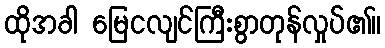
ထိုအခါ မြေငလျင်ကြီးစွာတုန်လှုပ်၏။